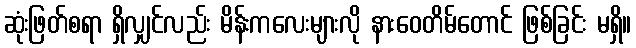
ဆုံးဖြတ်စရာ ရှိလျှင်လည်း မိန်းကလေးများလို နားဝေတိမ်တောင် ဖြစ်ခြင်း မရှိ။